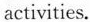
activities.